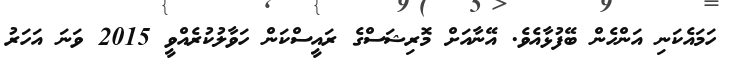
ހަމައެކަނި އަންހެން ބޭފުޅާއެވެ. އޭނާއަށް މޮރިޝަސްގެ ރައީސްކަން ހަވާލުކުރެއްވީ 2015 ވަނަ އަހަރު